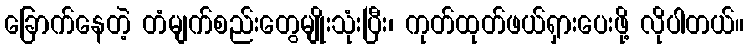
ခြောက်နေတဲ့ တံမျက်စည်းတွေမျိုးသုံးပြီး၊ ကုတ်ထုတ်ဖယ်ရှားပေးဖို့ လိုပါတယ်။